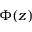
\Phi ( z )